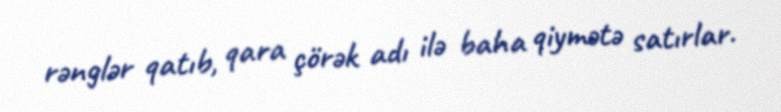
rənglər qatıb, qara çörək adı ilə baha qiymətə satırlar.